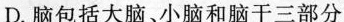
D.脑包括大脑、小脑和脑干三部分